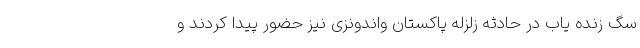
سگ زنده یاب در حادثه زلزله پاکستان واندونزی نیز حضور پیدا کردند و